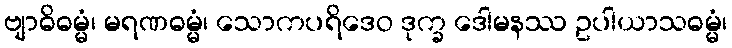
ဗျာဓိဓမ္မံ၊ မရဏဓမ္မံ၊ သောကပရိဒေဝ ဒုက္ခ ဒေါမနဿ ဥပါယာသဓမ္မံ၊